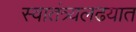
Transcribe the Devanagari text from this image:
स्वातंत्र्यलढयात